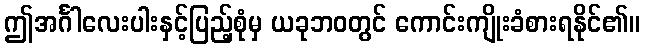
ဤအင်္ဂါလေးပါးနှင့်ပြည့်စုံမှ ယခုဘဝတွင် ကောင်းကျိုးခံစားရနိုင်၏။